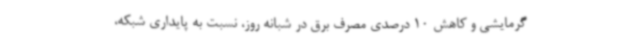
گرمایشی و کاهش 10 درصدی مصرف برق در شبانه روز، نسبت به پایداری شبکه،